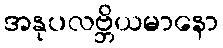
အနုပလဗ္ဘိယမာနော